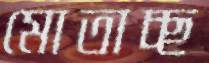
মোতাচ্ছ